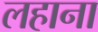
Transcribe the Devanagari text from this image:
लहाना